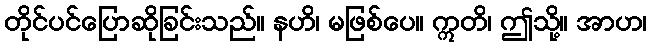
တိုင်ပင်ပြောဆိုခြင်းသည်။ နဟိ၊ မဖြစ်ပေ။ ဣတိ၊ ဤသို့။ အာဟ၊